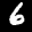
Label: 6